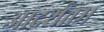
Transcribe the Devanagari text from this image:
आदर्शतम